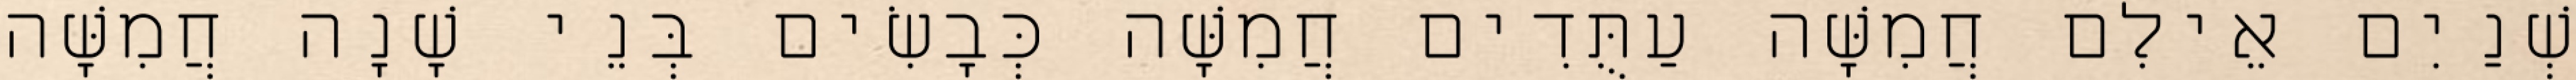
שְׁנַיִם אֵילִם חֲמִשָּׁה עַתֻּדִים חֲמִשָּׁה כְּבָשִׂים בְּנֵי שָׁנָה חֲמִשָּׁה